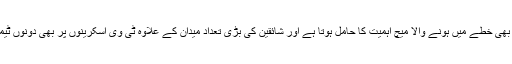
پاکستان اور بھارت کے درمیان دنیا کے کسی بھی خطے میں ہونے والا میچ اہمیت کا حامل ہوتا ہے اور شائقین کی بڑی تعداد میدان کے علاوہ ٹی وی اسکرینوں پر بھی دونوں ٹیموں کا ٹاکرا دیکھنے کے لیے بیتاب رہتی ہے۔